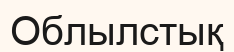
Облылстық